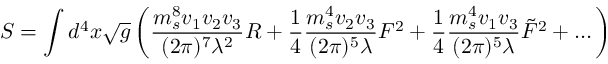
S = \int d ^ { 4 } x \sqrt { g } \left( { \frac { m _ { s } ^ { 8 } v _ { 1 } v _ { 2 } v _ { 3 } } { ( 2 \pi ) ^ { 7 } \lambda ^ { 2 } } } R + { \frac { 1 } { 4 } } { \frac { m _ { s } ^ { 4 } v _ { 2 } v _ { 3 } } { ( 2 \pi ) ^ { 5 } \lambda } } F ^ { 2 } + { \frac { 1 } { 4 } } { \frac { m _ { s } ^ { 4 } v _ { 1 } v _ { 3 } } { ( 2 \pi ) ^ { 5 } \lambda } } \tilde { F } ^ { 2 } + \dots \right)